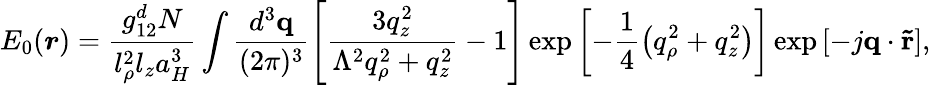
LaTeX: E_{0}(\boldsymbol{r})=\frac{g_{12}^{d}N}{l_{\rho}^{2}l_{z}a_{H}^{3}}\int\frac{d^{3}\mathbf{q}}{(2\pi)^{3}}\left[\frac{3q_{z}^{2}}{\Lambda^{2}q_{\rho}^{2}+q_{z}^{2}}-1\right]\exp\left[-\frac{1}{4}\left(q_{\rho}^{2}+q_{z}^{2}\right)\right]\exp\left[-j\mathbf{q}\cdot\mathbf{\tilde{r}}\right],